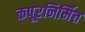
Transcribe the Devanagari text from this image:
कपूरनिर्मित